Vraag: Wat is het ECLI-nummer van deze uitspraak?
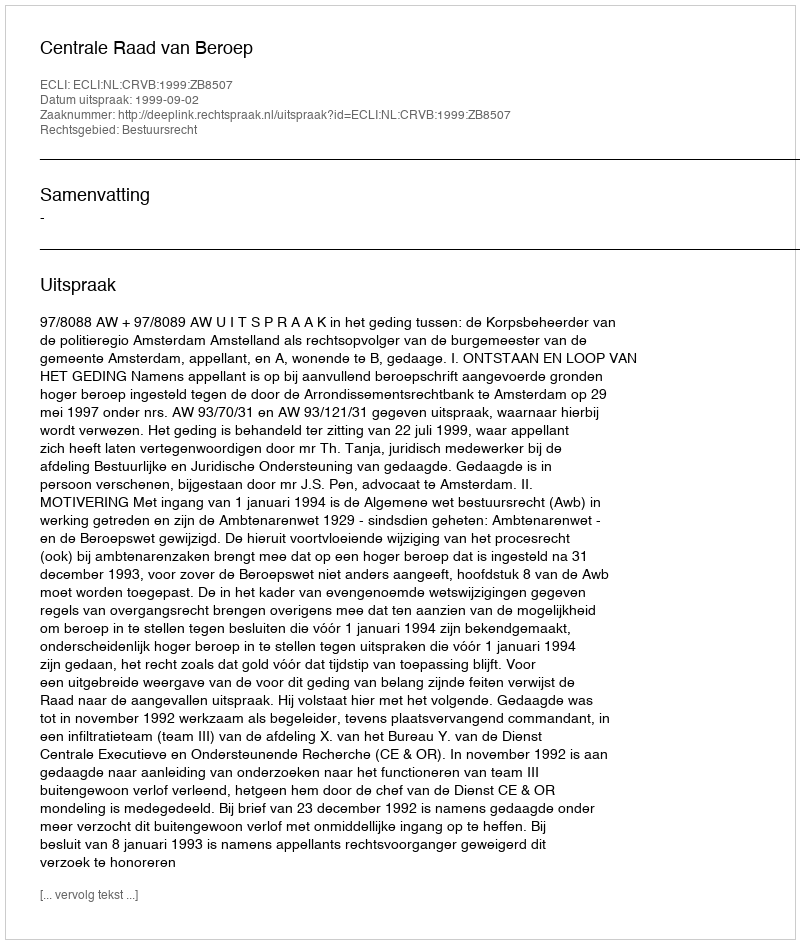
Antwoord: ECLI:NL:CRVB:1999:ZB8507